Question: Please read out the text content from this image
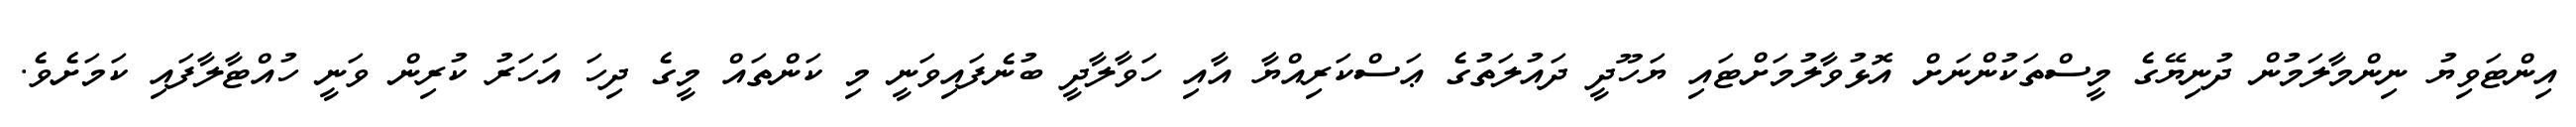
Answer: އިންޓަވިޔު ނިންމާލަމުން ދުނިޔޭގެ މީސްތަކުންނަށް އޮޅުވާލުމަށްޓައި ޔަހޫދީ ދައުލަތުގެ ޢަސްކަރިއްޔާ އާއި ހަވާލާދީ ބުނެފައިވަނީ މި ކަންތައް މީގެ ދިހަ އަހަރު ކުރިން ވަނީ ހުއްޓާލާފައި ކަމަށެވެ.